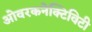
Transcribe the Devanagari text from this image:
ओवरकनेक्टिविटी